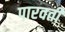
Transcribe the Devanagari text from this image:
पारवती